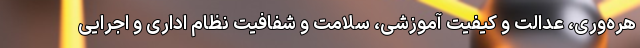
هره‌وری، عدالت و کیفیت آموزشی، سلامت و شفافیت نظام اداری و اجرایی